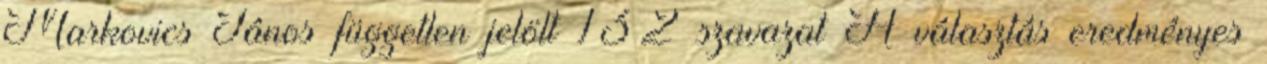
Markovics János független jelölt 132 szavazat A választás eredményes